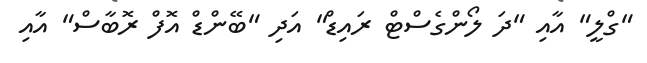
"ގްލީ" އާއި "ދަ ލޯންގެސްޓް ރައިޑް" އަދި "ބޭންޑް އޮފް ރޮބާސް" އާއި